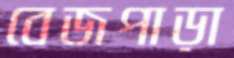
বেজপাড়া